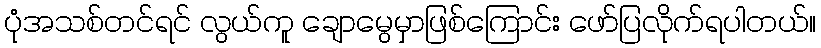
ပုံအသစ်တင်ရင် လွယ်ကူ ချောမွေမှာဖြစ်ကြောင်း ဖော်ပြလိုက်ရပါတယ်။